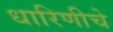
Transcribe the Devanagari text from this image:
धारिणीचे